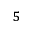
^ 5